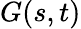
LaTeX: G(s,t)